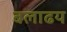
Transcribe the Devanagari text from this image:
बलाढय